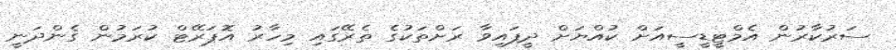
ސަރުކާރުން އެމްޓީޑީސީއަށް ކުއްޔަށް ދީފައިވާ ރަށްތަކުގެ ތެރޭގައި މިހާރު އޮޕަރޭޓް ކުރަމުން ގެންދަނީ